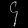
Digit: ၄